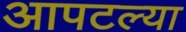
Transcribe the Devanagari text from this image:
आपटल्या